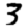
Digit: 3